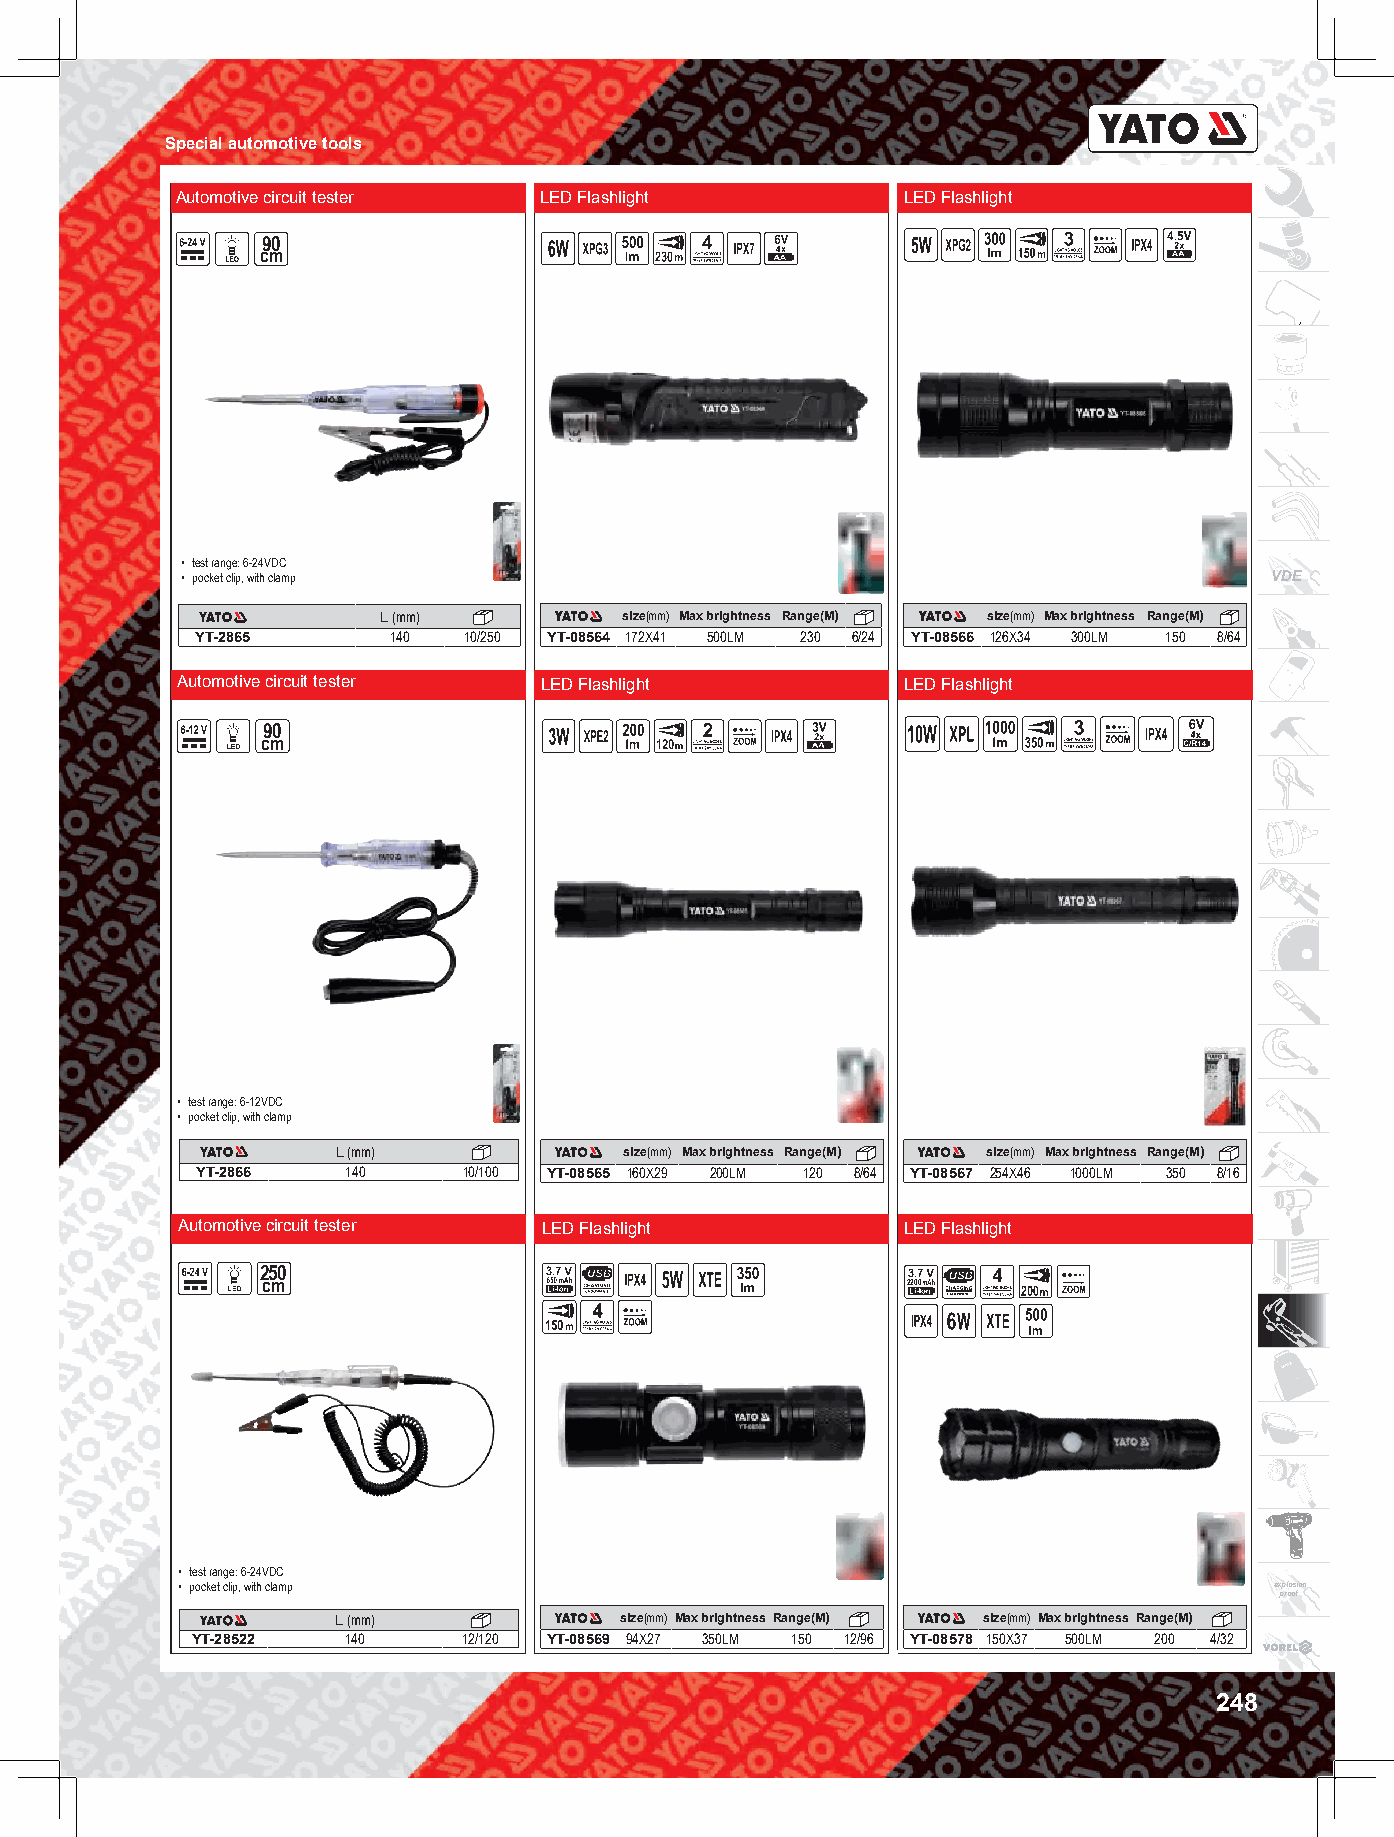
Special automotive tools
 Automotive circuit tester LED Flashlight        LED Flashlight
 90
 cm
 • test range: 6-24VDC
 • pocket clip, with clamp                                               VDE
 L (mm)          size(mm) Max brightness Range(M) size(mm) Max brightness Range(M)
 YT-2865      140  10/250 YT-08564 172X41 500LM 230 6/24 YT-08566 126X34 300LM 150 8/64
 Automotive circuit tester LED Flashlight        LED Flashlight
 90
 cm
 • test range: 6-12VDC
 • pocket clip, with clamp
 L (mm)             size(mm) Max brightness Range(M) size(mm) Max brightness Range(M)
 YT-2866   140     10/100 YT-08565 160X29 200LM 120 8/64 YT-08567 254X46 1000LM 350 8/16
 Automotive circuit tester LED Flashlight        LED Flashlight
 250
 cm                                         2200
 • test range: 6-24VDC
 • pocket clip, with clamp                                               explosion
 proof
 L (mm)             size(mm) Max brightness Range(M) size(mm) Max brightness Range(M)
 YT-28522  140     12/120 YT-08569 94X27 350LM 150 12/96 YT-08578 150X37 500LM 200 4/32
 248